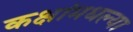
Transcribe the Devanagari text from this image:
कक्षांमधल्या